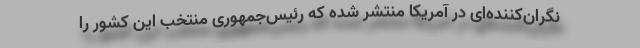
نگران‌کننده‌ای در آمریکا منتشر شده که رئیس‌جمهوری منتخب این کشور را